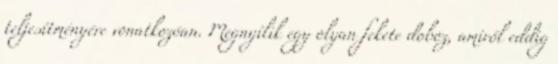
teljesítményére vonatkozóan. Megnyílik egy olyan fekete doboz, amiről eddig